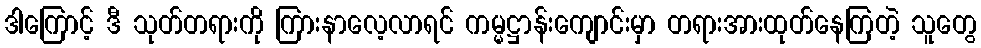
ဒါကြောင့် ဒီ သုတ်တရားကို ကြားနာလေ့လာရင် ကမ္မဋ္ဌာန်းကျောင်းမှာ တရားအားထုတ်နေကြတဲ့ သူတွေ